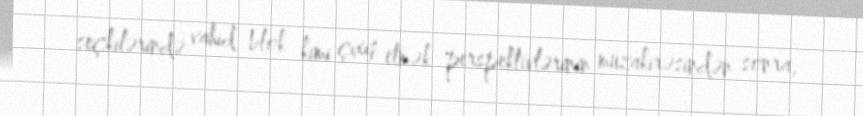
seçkilərində vahid blok kimi çıxış etmək perspektivlərinin müzakirəsindən sonra,